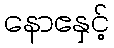
နောဧနှင့်